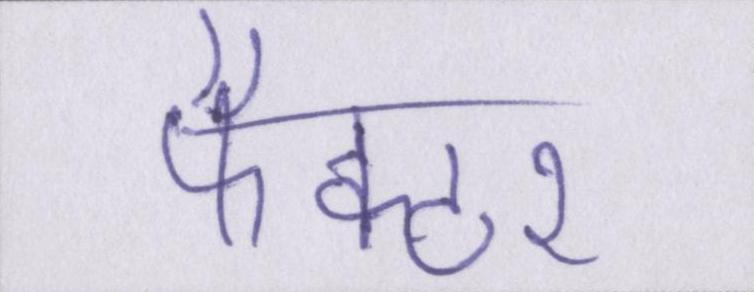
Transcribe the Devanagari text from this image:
फैक्टर